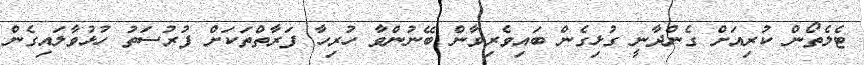
ޓެލެތޯން ކުރިއަށް ގެންދާނީ ގުޅިގެން ބައިވެރިވާން ބޭނުންވާ ހުރިހާ ފަރާތްތަކަށް ފުރުސަތު ހުޅުވާލައިގެން